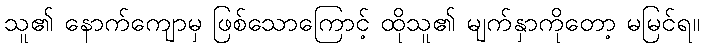
သူ၏ နောက်ကျောမှ ဖြစ်သောကြောင့် ထိုသူ၏ မျက်နှာကိုတော့ မမြင်ရ။